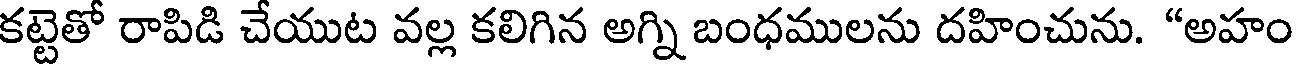
కట్టెతో రాపిడి చేయుట వల్ల కలిగిన అగ్ని బంధములను దహించును. "అహం